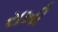
રાખી